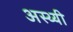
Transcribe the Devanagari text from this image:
अस्थ्यी